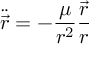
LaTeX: { \ddot { \vec { r } } } = - { \frac { \mu } { r ^ { 2 } } } { \frac { \vec { r } } { r } }